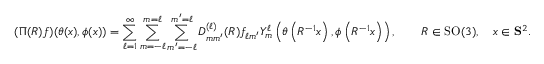
( \Pi ( R ) f ) ( \theta ( x ) , \phi ( x ) ) = \sum _ { \ell = 1 } ^ { \infty } \sum _ { m = - \ell } ^ { m = \ell } \sum _ { m ^ { \prime } = - \ell } ^ { m ^ { \prime } = \ell } D _ { m m ^ { \prime } } ^ { ( \ell ) } ( R ) f _ { \ell m ^ { \prime } } Y _ { m } ^ { \ell } \left( \theta \left( R ^ { - 1 } x \right) , \phi \left( R ^ { - 1 } x \right) \right) , \qquad R \in \operatorname { S O } ( 3 ) , \quad x \in \mathbf { S } ^ { 2 } .